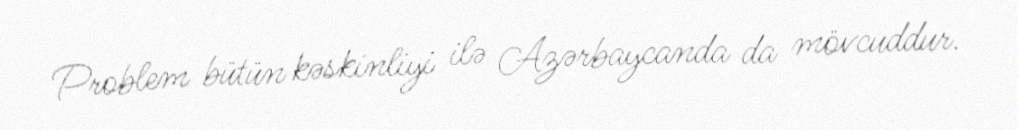
Problem bütün kəskinliyi ilə Azərbaycanda da mövcuddur.